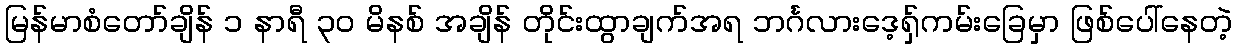
မြန်မာစံတော်ချိန် ၁ နာရီ ၃၀ မိနစ် အချိန် တိုင်းထွာချက်အရ ဘင်္ဂလားဒေ့ရှ်ကမ်းခြေမှာ ဖြစ်ပေါ်နေတဲ့